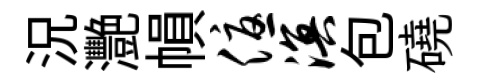
況灧𢄙优溟包磽